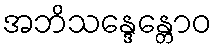
အဘိသန္ဒေန္တောဝ